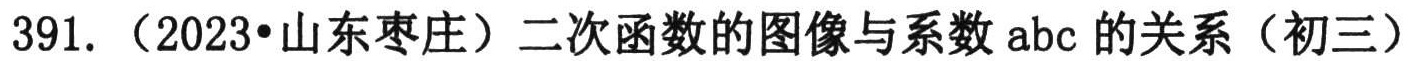
391.（2023•山东枣庄）二次函数的图像与系数 \(abc\) 的关系（初三）